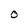
Character: O